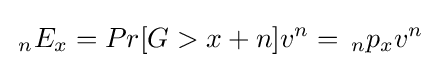
\,_{n}E_{x}=Pr[G>x+n]v^{n}=\,_{n}p_{x}v^{n}